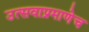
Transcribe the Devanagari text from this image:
उत्सवाप्रमाणेच